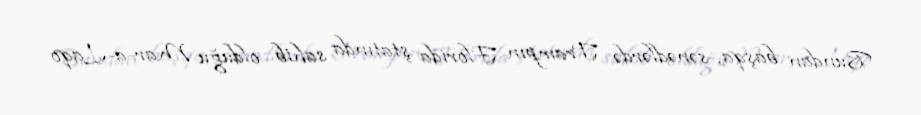
Bundan başqa, sənədlərdə Trampın Florida ştatında sahib olduğu Mar-a-Laqo